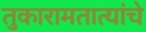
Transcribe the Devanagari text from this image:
तुकारामतात्यांचे